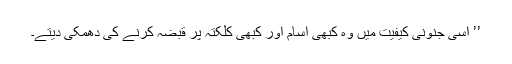
’’ اسی جنونی کیفیت میں وہ کبھی آسام اور کبھی کلکتہ پر قبضہ کرنے کی دھمکی دیتے۔